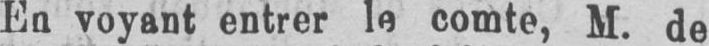
En voyant entrer le comte, M. de